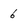
Character: 6